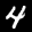
Label: 4